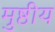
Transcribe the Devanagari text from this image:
मुष्ठीय